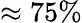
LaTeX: \approx 75\%